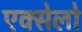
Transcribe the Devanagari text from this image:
एक्सेलो